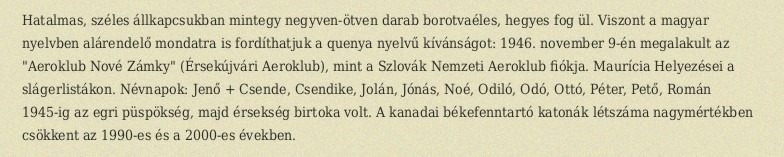
Hatalmas, széles állkapcsukban mintegy negyven-ötven darab borotvaéles, hegyes fog ül. Viszont a magyar nyelvben alárendelő mondatra is fordíthatjuk a quenya nyelvű kívánságot: 1946. november 9-én megalakult az "Aeroklub Nové Zámky" (Érsekújvári Aeroklub), mint a Szlovák Nemzeti Aeroklub fiókja. Maurícia Helyezései a slágerlistákon. Névnapok: Jenő + Csende, Csendike, Jolán, Jónás, Noé, Odiló, Odó, Ottó, Péter, Pető, Román 1945-ig az egri püspökség, majd érsekség birtoka volt. A kanadai békefenntartó katonák létszáma nagymértékben csökkent az 1990-es és a 2000-es években.